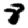
Digit: 8